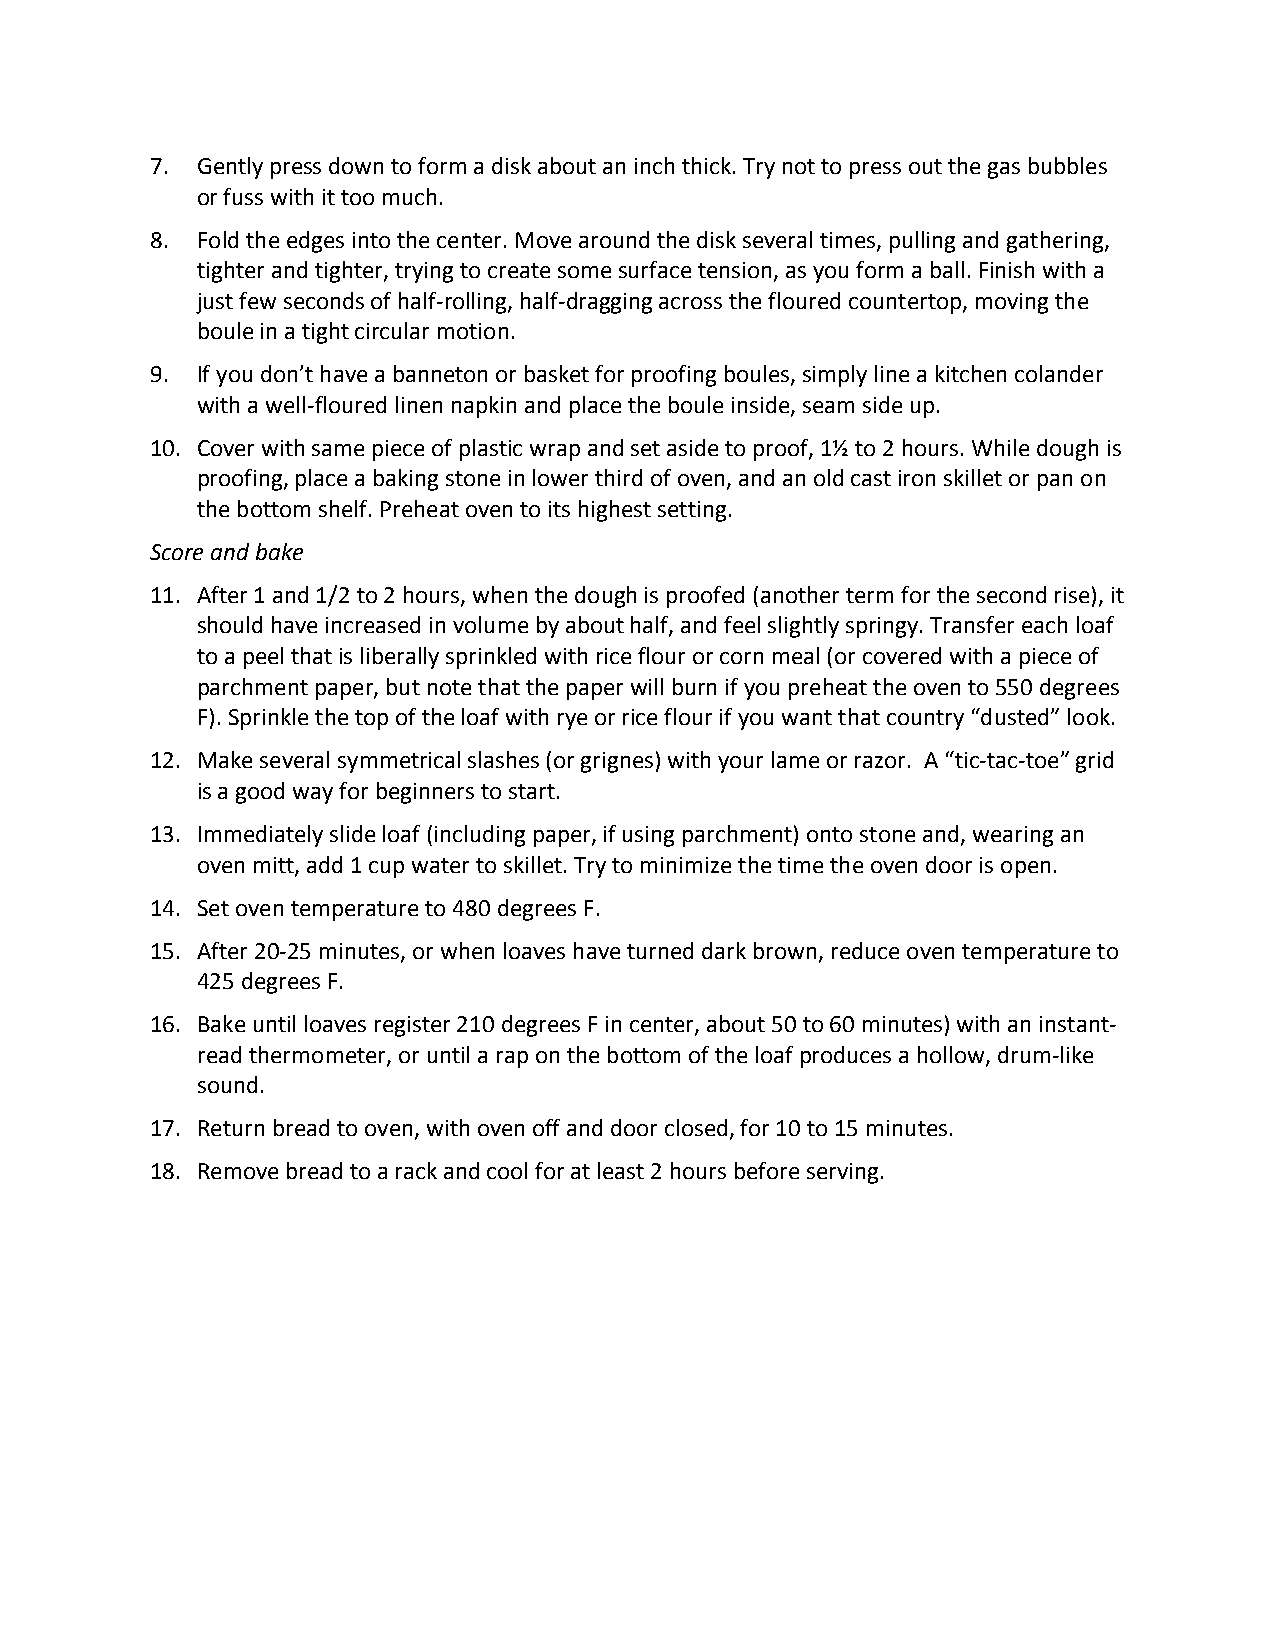
7. Gently press down to form a disk about an inch thick. Try not to press out the gas bubbles
 or fuss with it too much.
 8. Fold the edges into the center. Move around the disk several times, pulling and gathering,
 tighter and tighter, trying to create some surface tension, as you form a ball. Finish with a
 just few seconds of half-rolling, half-dragging across the floured countertop, moving the
 boule in a tight circular motion.
 9. If you don’t have a banneton or basket for proofing boules, simply line a kitchen colander
 with a well-floured linen napkin and place the boule inside, seam side up.
 10. Cover with same piece of plastic wrap and set aside to proof, 1½ to 2 hours. While dough is
 proofing, place a baking stone in lower third of oven, and an old cast iron skillet or pan on
 the bottom shelf. Preheat oven to its highest setting.
 Score and bake
 11. After 1 and 1/2 to 2 hours, when the dough is proofed (another term for the second rise), it
 should have increased in volume by about half, and feel slightly springy. Transfer each loaf
 to a peel that is liberally sprinkled with rice flour or corn meal (or covered with a piece of
 parchment paper, but note that the paper will burn if you preheat the oven to 550 degrees
 F). Sprinkle the top of the loaf with rye or rice flour if you want that country “dusted” look.
 12. Make several symmetrical slashes (or grignes) with your lame or razor. A “tic-tac-toe” grid
 is a good way for beginners to start.
 13. Immediately slide loaf (including paper, if using parchment) onto stone and, wearing an
 oven mitt, add 1 cup water to skillet. Try to minimize the time the oven door is open.
 14. Set oven temperature to 480 degrees F.
 15. After 20-25 minutes, or when loaves have turned dark brown, reduce oven temperature to
 425 degrees F.
 16. Bake until loaves register 210 degrees F in center, about 50 to 60 minutes) with an instant-
 read thermometer, or until a rap on the bottom of the loaf produces a hollow, drum-like
 sound.
 17. Return bread to oven, with oven off and door closed, for 10 to 15 minutes.
 18. Remove bread to a rack and cool for at least 2 hours before serving.